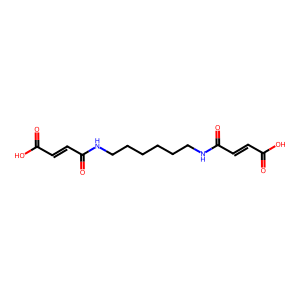
SMILES: O=C(O)C=CC(=O)NCCCCCCNC(=O)C=CC(=O)O
Inhibits HIV replication: No